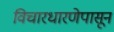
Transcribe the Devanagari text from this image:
विचारधारणेपासून